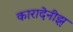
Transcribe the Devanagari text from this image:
कारादेनीझ़